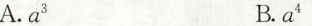
A.a^{2} B.a^{4}